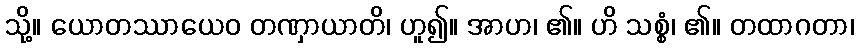
သို့။ ယောတဿာယေဝ တဏှာယာတိ၊ ဟူ၍။ အာဟ၊ ၏။ ဟိ သစ္စံ၊ ၏။ တထာဂတာ၊